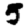
Digit: 5